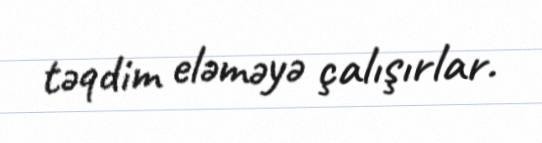
təqdim eləməyə çalışırlar.